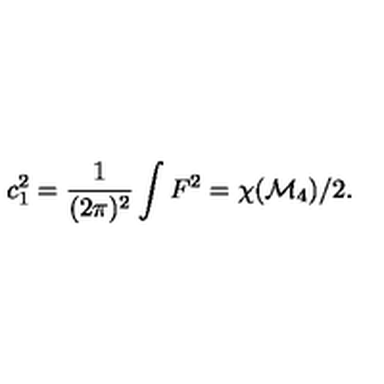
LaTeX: c _ { 1 } ^ { 2 } = { \frac { 1 } { ( 2 \pi ) ^ { 2 } } } \int F ^ { 2 } = \chi ( { \cal M } _ { 4 } ) / 2 .